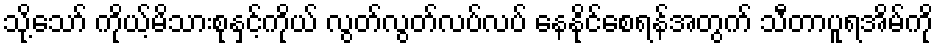
သို့သော် ကိုယ့်မိသားစုနှင့်ကိုယ် လွတ်လွတ်လပ်လပ် နေနိုင်စေရန်အတွက် သီတာပူရအိမ်ကို